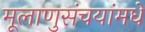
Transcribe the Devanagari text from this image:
मूलाणुसंचयांमधे